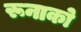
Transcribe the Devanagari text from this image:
रूनाको